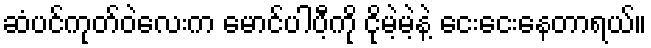
ဆံပင်ကုတ်ဝဲလေးက မောင်ပါပီ့ကို ငိုမဲ့မဲ့နဲ့ ငေးငေးနေတာရယ်။